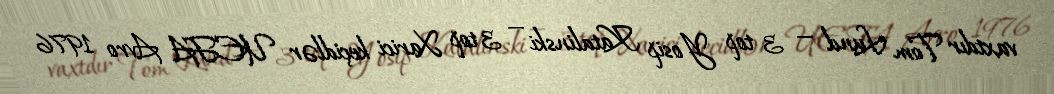
vaxtdır Tom Lund — 3 top Yosip Katalinski — 3 top Xarici keçidlər UEFA Avro 1976